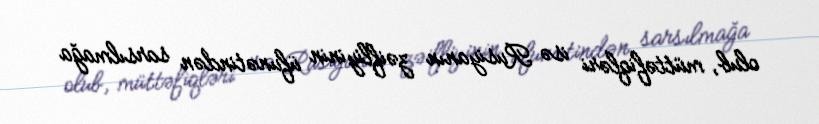
olub, müttəfiqləri isə Rusiyanın zəifliyinin üfunətindən sarsılmağa